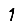
Digit: 1